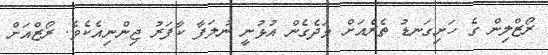
ރޯޒްލިން ގެ ހަށިގަނޑު ތެރެއަށް ވަދެގެން އުޅުނީ ނުލަފާ ކާފަރު ޖިންނިއެކެވެ. ރޯޒްއަށް